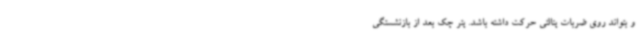
و بتواند روی ضربات پنالتی حرکت داشته باشد. پتر چک بعد از بازنشستگی